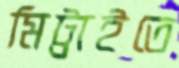
মিট্টাইতে